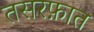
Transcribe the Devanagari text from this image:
तसरफ़ात